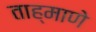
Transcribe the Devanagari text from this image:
ताह्माणे